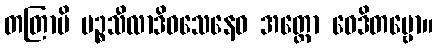
တတြာပိ ပဉ္စသီလာဒိဝသေနေဝ အတ္ထော ဝေဒိတဗ္ဗော။